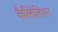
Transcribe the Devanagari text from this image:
कैस्तिलियन